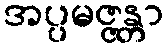
အပ္ပမဇ္ဇန္တာ